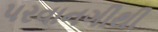
પરવાનગીથી